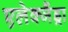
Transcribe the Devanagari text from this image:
एलेक्जैंड्रा